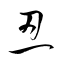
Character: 忍